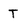
Character: T